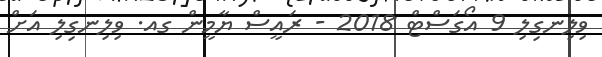
ވިލިނގިލި 9 އޯގަސްޓް 2018 - ރައީސް ޔާމީން ގއ. ވިލިނގިލި އަށް